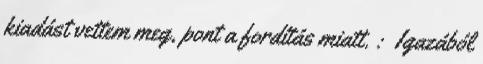
kiadást vettem meg, pont a fordítás miatt. : Igazából